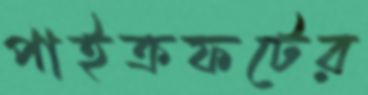
পাইক্রফটের